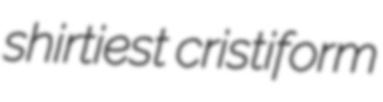
shirtiest cristiform